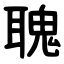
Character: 聭